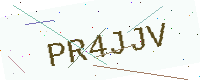
Text: PR4JJV